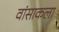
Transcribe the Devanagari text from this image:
वांसाकला